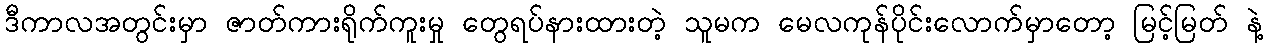
ဒီကာလအတွင်းမှာ ဇာတ်ကားရိုက်ကူးမှု တွေရပ်နားထားတဲ့ သူမက မေလကုန်ပိုင်းလောက်မှာတော့ မြင့်မြတ် နဲ့